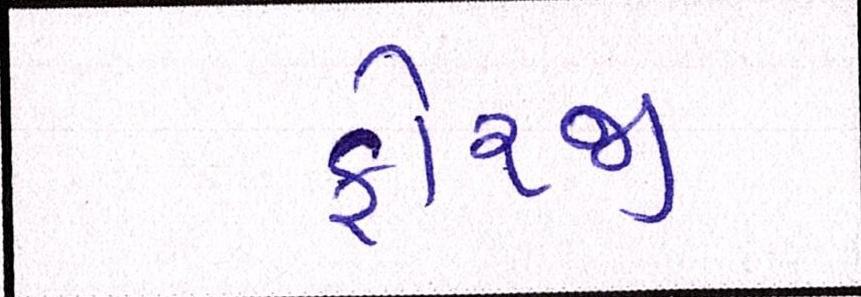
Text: ફોરજી